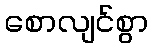
စောလျင်စွာ